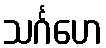
သင်္ဂဟေ